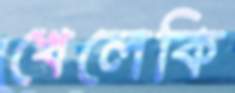
খেলেকি